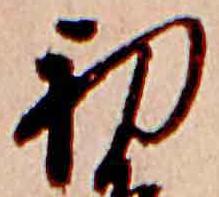
初